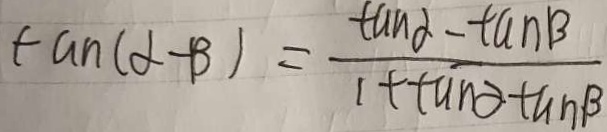
\tan ( \alpha - \beta ) = \frac { \tan \alpha - \tan \beta } { 1 + \tan \alpha \tan \beta }